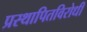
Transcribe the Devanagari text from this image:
प्रस्थापितविरोधी